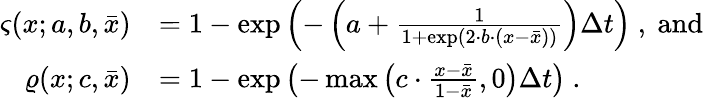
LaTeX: \begin{array}{rl}{\varsigma(x;a,b,\bar{x})}&{=1-\exp\left(-\left(a+\frac{1}{1+\exp(2\cdot b\cdot(x-\bar{x}))}\right)\Delta t\right)\ ,\ \mathrm{and}}\\ {\varrho(x;c,\bar{x})}&{=1-\exp\left(-\operatorname*{max}\left(c\cdot\frac{x-\bar{x}}{1-\bar{x}},0\right)\Delta t\right)\ .}\end{array}